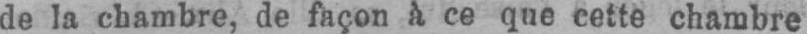
de la chambre, de façon à ce que cette chambre